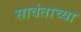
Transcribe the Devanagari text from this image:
सावंताच्या